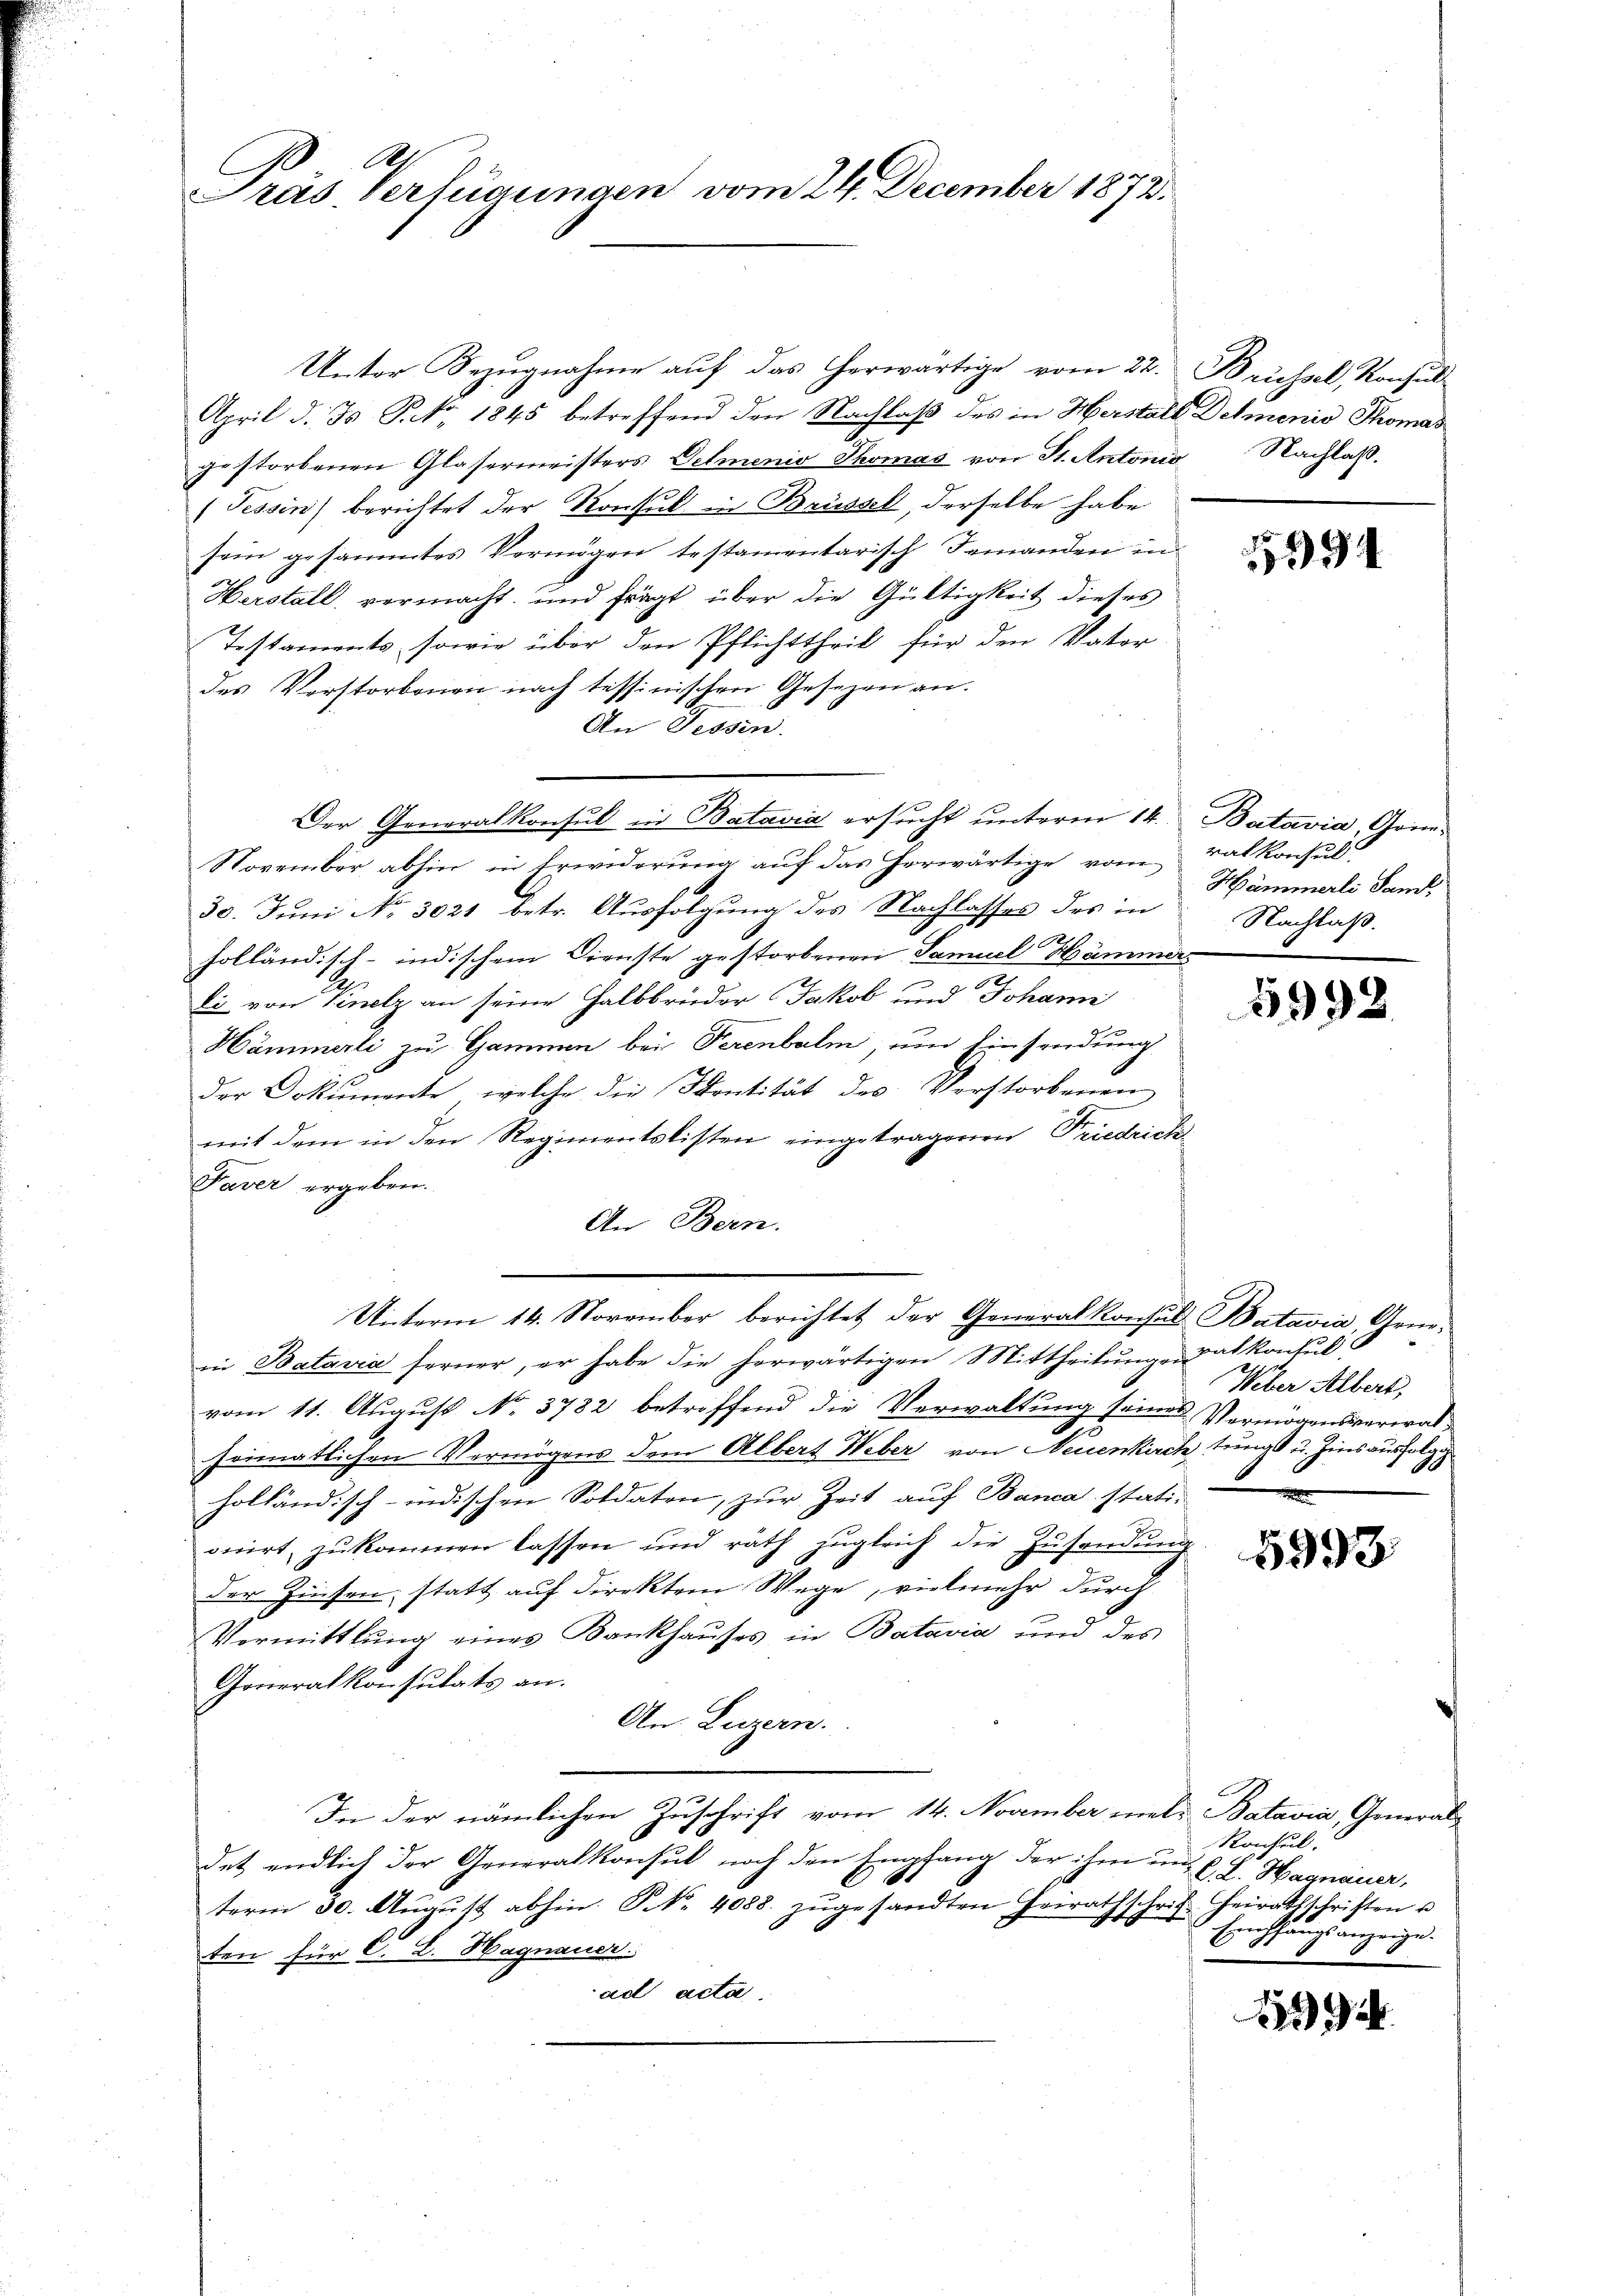
B
Präs. Verlegungen vom 24. December 1873.

Unter Bezugnahme auf das herwärtige vom 22. Brüssel, Konsul
April d. Js P. Nr. 1845 betreffend den Nachlaß des in Herstalt Demonio Thomas
gestorbenen Glasermeisters Oelmenio Thomas von St. Antonis
(Tessin berichtet der Konsul in Brüssel, derselbe habe
sein gesammtes Vermögen testamentarisch Jemanden in
Herstall, vermacht, und frägt über die Gültigkeit dieses
Testaments, sowie über den Pflichttheil für den Vater
des Verstorbenen nach tessinischen Gesezen an.
An Tessin.
Der Generalkonsul in Batavia ersucht unterm 14.
November abhin in Erwiderung auf das herwärtige vom Tatkonsul
30. Juni No 3021 betr. Ausfolgung des Nachlasses des in
holländisch-indischem Dienste gestorbenen Samuel Hämmers
di von Vinelz an seine Halbbrüder Jakob und Johann
Hämmerli zu Hammen bei Perenbalm, um Einsendung
der Dokumente, welche die Sentität des Verstorbenen
mit dem in den Regimentslisten eingetragenen Friedrich
Faver ergeben.
An Bern.
Unterm 14. November berichtet der Generalkonsul Batavia Arne-
in Batavia ferner, er habe die herwärtigen Mittheilungen
vom 11. August No. 3782 betroffend die Verwaltung seines Vermögensverwal¬
Fr
seimatlichen Vermögens dem Albert Weber von Neuenkirchtungs u. Zins ausfolg
holländisch-indischen Soldaten, zur Zeit auf Banca stationirt, zu kommen lassen und rath zugleich die Zusendung
der Zinsen, statt auf direktem Wege, vielmehr durch
Vormittlung eines Bankhauses in Batavia und des
Goneralkonsulats an.
An Luzern.
In der nämlichen Zuschrift vom 14. November mal. Batavia, General-
det endlich der Generalkonsul noch den Empfang der ihm und C. L. Hagnauer,
term 30. Aŭgŭst abhin. N. N. 4088. zŭgesandten Gewathschrif Heiratsschriften u
ten für C. L. Hagnauer
ad acta.

Nachlaß.

5391

Batavia, Grün¬
Hämmerli Sand,
Nachlaß.

5992.

vatkontul
Weber Albert,

5993

Konseil.
Emchhangsanzeige.
d

4